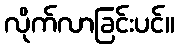
လိုက်လာခြင်းပင်။